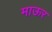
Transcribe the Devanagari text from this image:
माऊर